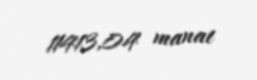
11413,04 manat